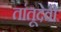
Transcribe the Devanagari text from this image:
तांतूदेवी